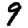
Digit: 9